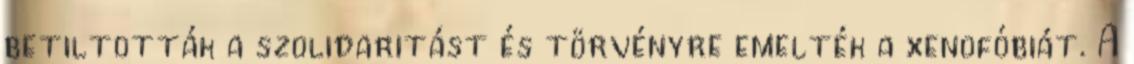
betiltották a szolidaritást és törvényre emelték a xenofóbiát. A